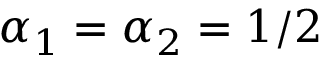
\alpha _ { 1 } = \alpha _ { 2 } = 1 / 2